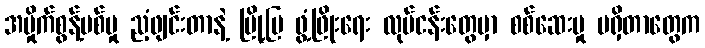
အမှိုက်စွန့်ပစ်မှု ညံ့ဖျင်းတာနဲ့ မြို့ပြ ဖွံ့ဖြိုးရေး လုပ်ငန်းတွေမှာ စစ်ဆေးမှု မရှိတာတွေက